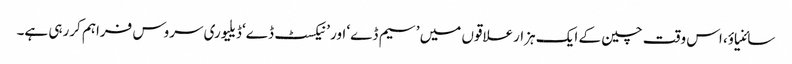
سائنیاؤ، اس وقت چین کے ایک ہزارعلاقوں میں ’سیم ڈے‘ اور ’نیکسٹ ڈے‘ ڈیلیوری سروس فراہم کررہی ہے۔